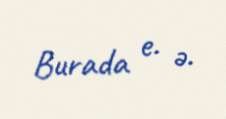
Burada e. ə.